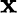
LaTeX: \displaystyle\mathbf{x}